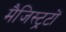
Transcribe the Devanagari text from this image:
मैजिस्ट्रटों